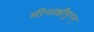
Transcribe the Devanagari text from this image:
मीनाक्षीपुरम्